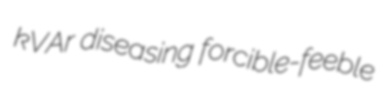
kVAr diseasing forcible-feeble